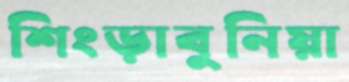
শিংড়াবুনিয়া